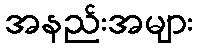
အနည်းအများ